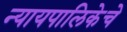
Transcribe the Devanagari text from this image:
न्यायपालिकेचे